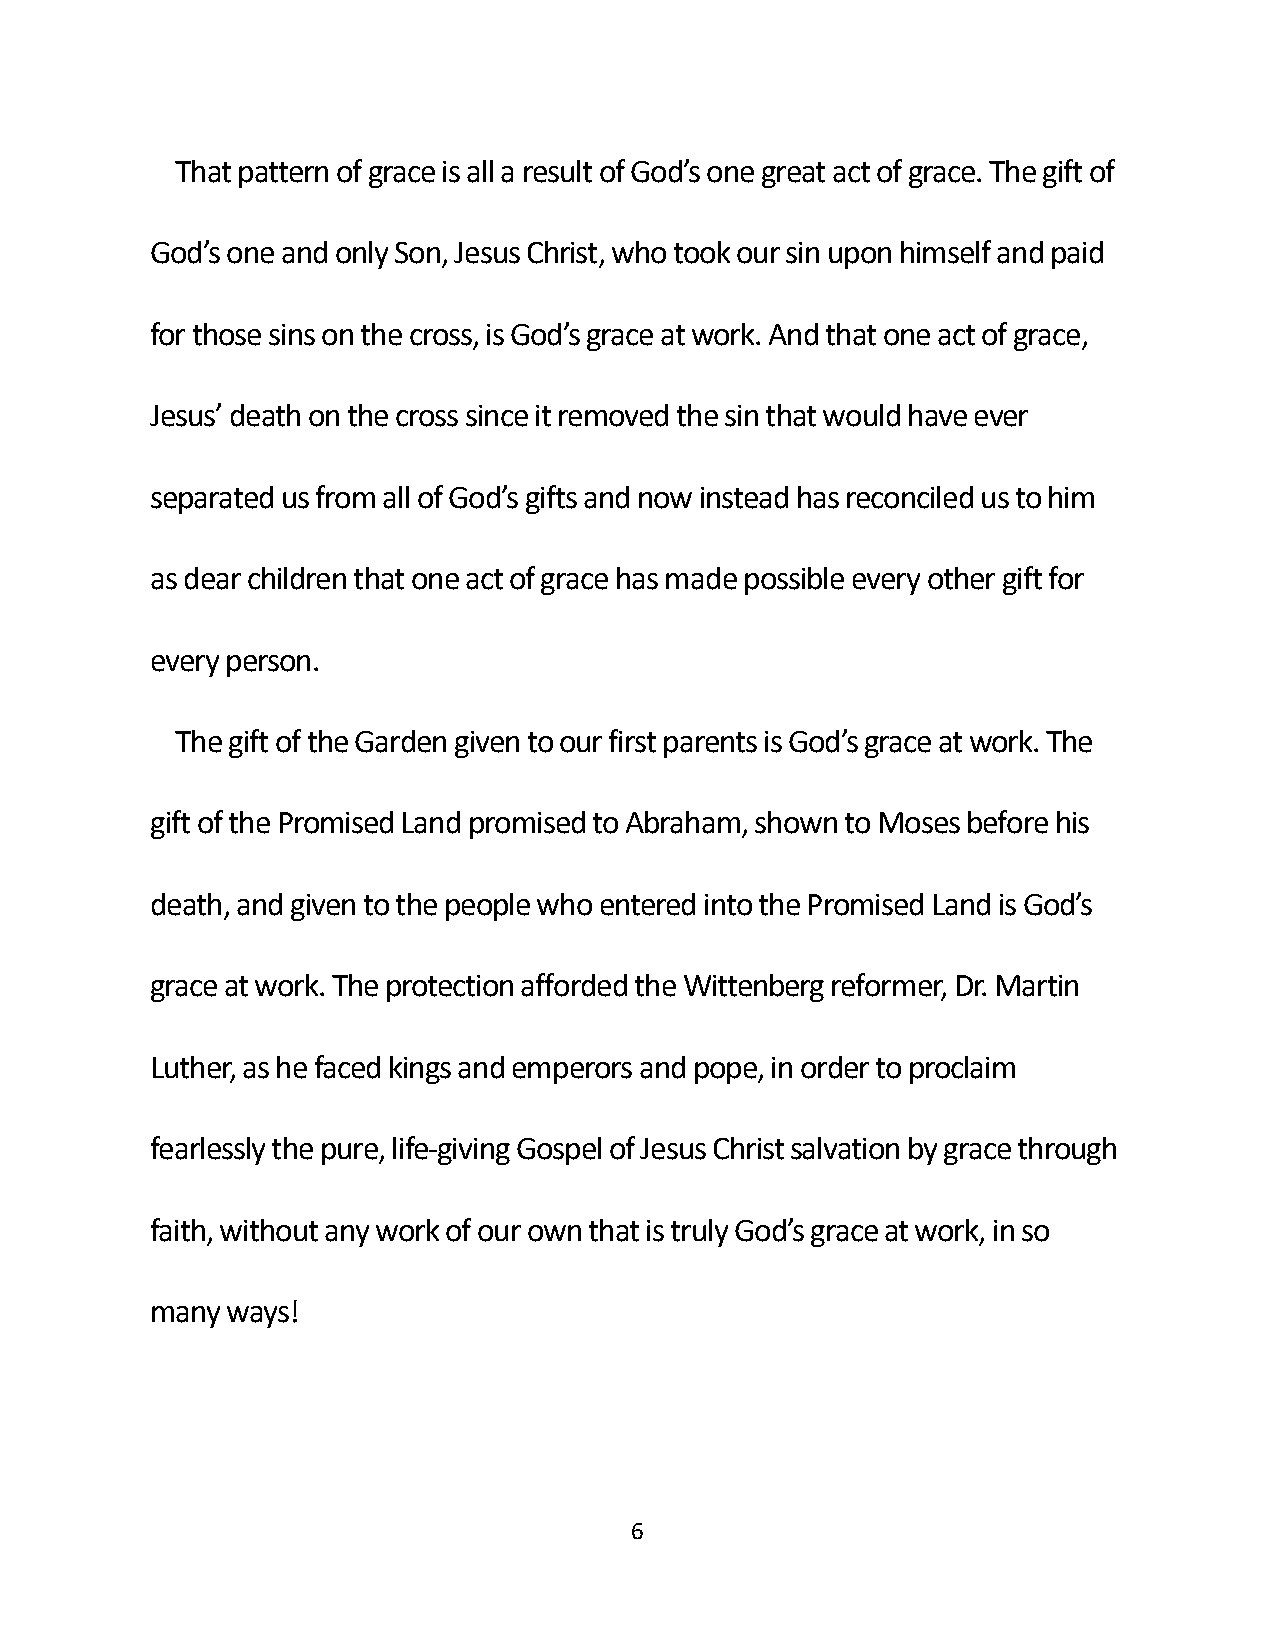
That pattern of grace is all a result of God’s one great act of grace. The gift of
 God’s one and only Son, Jesus Christ, who took our sin upon himself and paid
 for those sins on the cross, is God’s grace at work. And that one act of grace,
 Jesus’ death on the cross since it removed the sin that would have ever
 separated us from all of God’s gifts and now instead has reconciled us to him
 as dear children that one act of grace has made possible every other gift for
 every person.
 The gift of the Garden given to our first parents is God’s grace at work. The
 gift of the Promised Land promised to Abraham, shown to Moses before his
 death, and given to the people who entered into the Promised Land is God’s
 grace at work. The protection afforded the Wittenberg reformer, Dr. Martin
 Luther, as he faced kings and emperors and pope, in order to proclaim
 fearlessly the pure, life-giving Gospel of Jesus Christ salvation by grace through
 faith, without any work of our own that is truly God’s grace at work, in so
 many ways!
 6